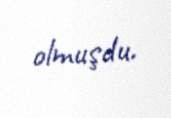
olmuşdu.